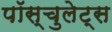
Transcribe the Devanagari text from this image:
पॉस्चुलेट्स